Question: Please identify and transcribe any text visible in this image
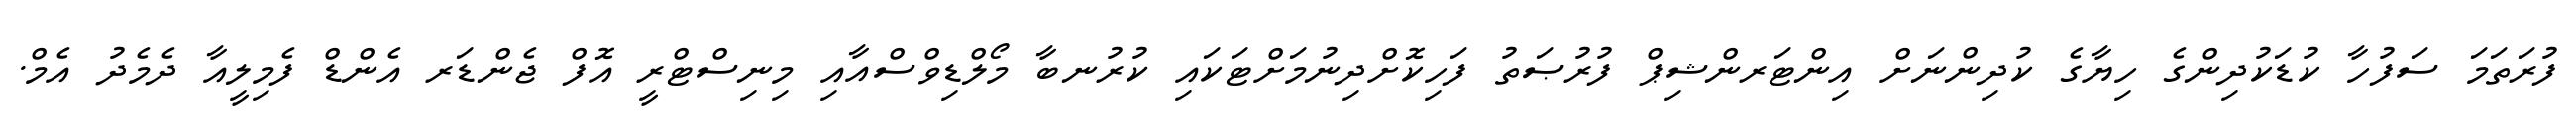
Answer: ފުރަތަމަ ސަފުހާ ކުޑަކުދިންގެ ހިޔާގެ ކުދިންނަށް އިންޓަރންޝިޕް ފުރުޞަތު ފަހިކޮށްދިނުމަށްޓަކައި ކުރުނބާ މޯލްޑިވްސްއާއި މިނިސްޓްރީ އޮފް ޖެންޑަރ އެންޑް ފެމިލީއާ ދެމެދު އެމް.